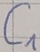
Text: C1